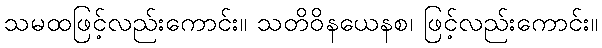
သမထဖြင့်လည်းကောင်း။ သတိဝိနယေနစ၊ ဖြင့်လည်းကောင်း။